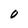
Character: 0